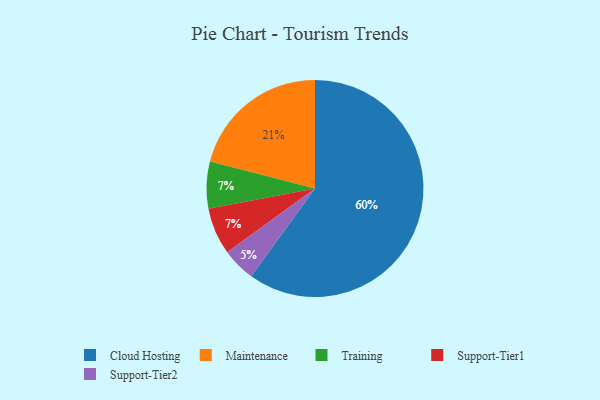
{"axis": {"x": "Category", "y": "Percentage"}, "legend": ["Cloud Hosting", "Maintenance", "Support-Tier1", "Support-Tier2", "Training"], "data": [{"x": "Cloud Hosting", "y": 60, "type": "Cloud Hosting"}, {"x": "Maintenance", "y": 21, "type": "Maintenance"}, {"x": "Training", "y": 7, "type": "Training"}, {"x": "Support-Tier2", "y": 5, "type": "Support-Tier2"}, {"x": "Support-Tier1", "y": 7, "type": "Support-Tier1"}]}